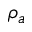
\rho _ { a }